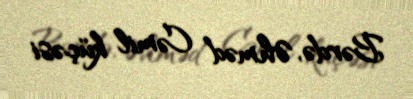
Bərdə, Əhməd Cəmil küçəsi